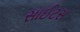
સાઈટસ